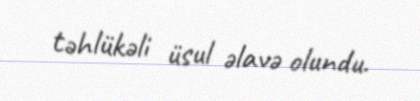
təhlükəli üsul əlavə olundu.